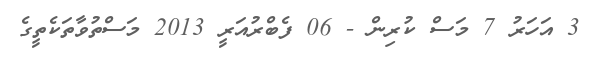
3 އަހަރު 7 މަސް ކުރިން - 06 ފެބްރުއަރީ 2013 މަސްތުވާތަކެތީގެ